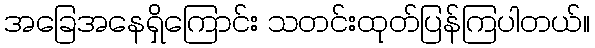
အခြေအနေရှိကြောင်း သတင်းထုတ်ပြန်ကြပါတယ်။